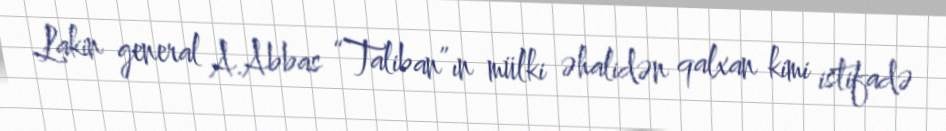
Lakin general A.Abbas “Taliban”ın mülki əhalidən qalxan kimi istifadə